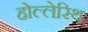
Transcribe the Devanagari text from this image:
होल्लेरिथ